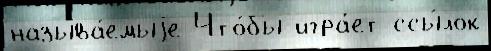
называ́емыjе Что́бы игра́ет ссы́лок